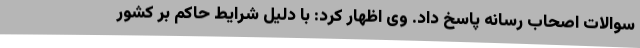
سوالات اصحاب رسانه پاسخ داد. وی اظهار کرد: با دلیل شرایط حاکم بر کشور